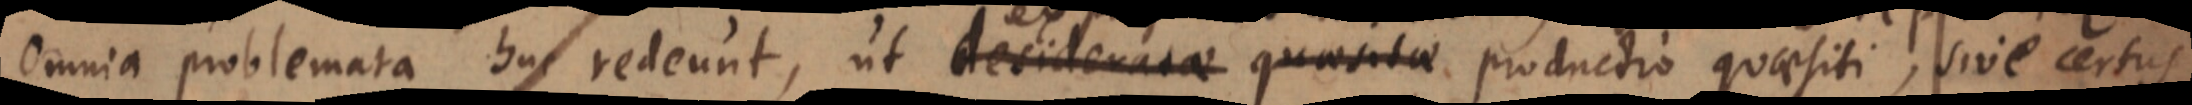
Omnia problemata huc redeunt, ut desideratae quaesitae productio quaesiti, sive certus